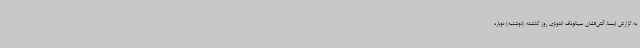
به گزارش ایسنا، آتش‌فشان سینابونگ اندونزی روز گذشته (دوشنبه) دوباره